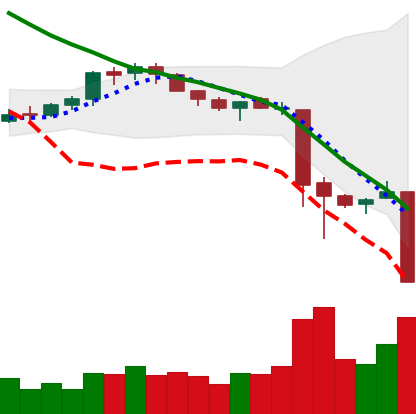
Ticker: XMR-USD
Chart end date: 2018-11-19
Forward return: -19.495%
Label: down_7plus